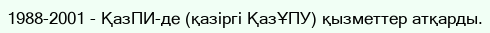
1988-2001 - ҚазПИ-де (қазіргі ҚазҰПУ) қызметтер атқарды.